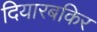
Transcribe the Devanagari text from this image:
दियारबकिर